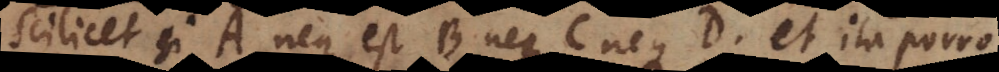
Scilicet si A neque est B neque C neque D, et ita porro